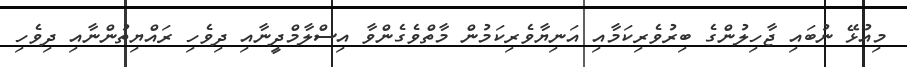
މިއުޅޭ ނުބައި ޖާހިލުންގެ ބިރުވެރިކަމާއި އަނިޔާވެރިކަމުން މާތްވެގެންވާ އިސްލާމްދީނާއި ދިވެހި ރައްޔިތުންނާއި ދިވެހި